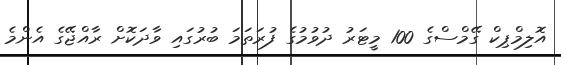
އޮލިމްޕިކް ގޭމްސްގެ 100 މީޓަރު ދުވުމުގެ ފުރަތަމަ ބުރުގައި ވާދަކޮށް ރާއްޖޭގެ އެންމެ